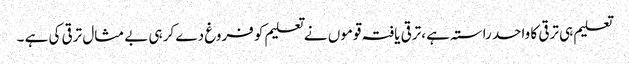
تعلیم ہی ترقی کا واحد راستہ ہے ،ترقی یافتہ قوموں نے تعلیم کو فروغ دے کر ہی بے مثال ترقی کی ہے ۔